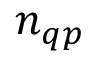
n _ { q p }